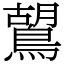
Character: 鶦